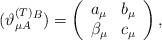
LaTeX: \begin{align*}(\vartheta _{\mu A}^{{\footnotesize (T)}}{}^{B})=\left( \begin{array}{cc}a_{\mu } & b_{\mu } \\ \beta _{\mu } & c_{\mu }\end{array}\right) , \end{align*}